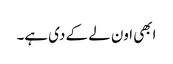
ابھی اون لے کے دی ہے۔